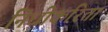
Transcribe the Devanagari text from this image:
निधीकरिता